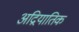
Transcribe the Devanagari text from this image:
अद्रियातिक